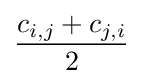
{\frac {c_{i,j}+c_{j,i}}{2}}